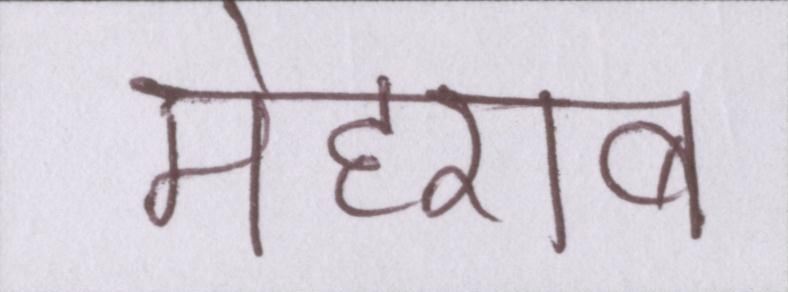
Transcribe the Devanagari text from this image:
मेहराब